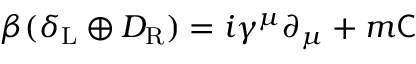
\beta ( \delta _ { \mathrm { { L } } } \oplus D _ { \mathrm { { R } } } ) = i \gamma ^ { \mu } \partial _ { \mu } + m { \mathsf { C } }